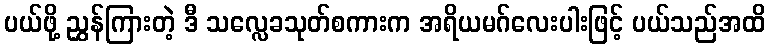
ပယ်ဖို့ ညွှန်ကြားတဲ့ ဒီ သလ္လေခသုတ်စကားက အရိယမဂ်လေးပါးဖြင့် ပယ်သည်အထိ